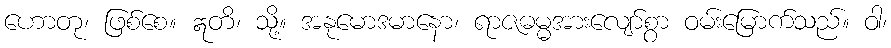
ဟောတု၊ ဖြစ်စေ။ ဣတိ၊ သို့။ အနုမောဒမာနော၊ ရာဇဓမ္မအားလျော်စွာ ဝမ်းမြောက်သည်။ ဝါ၊